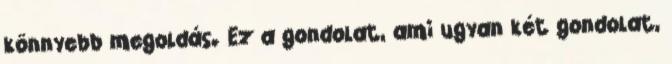
könnyebb megoldás. Ez a gondolat, ami ugyan két gondolat,